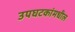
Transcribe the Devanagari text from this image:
उपघटकांमधील